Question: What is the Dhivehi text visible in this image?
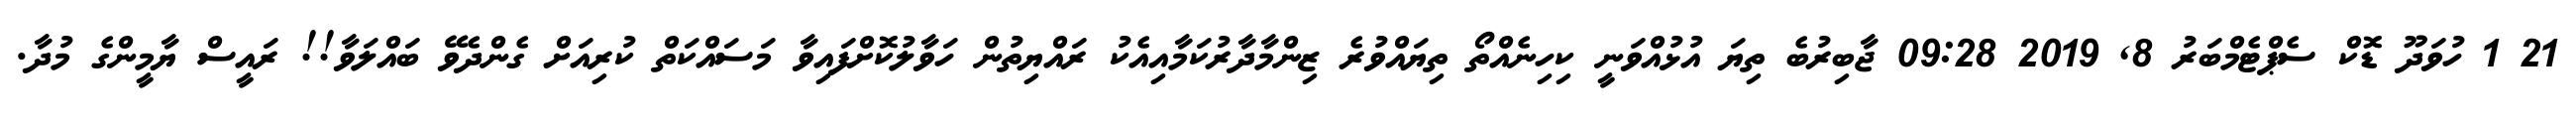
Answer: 21 1 ހުވަދޫ ޑޮކް ސެޕްޓެމްބަރު 8, 2019 09:28 ޖާބިރުބެ ތިޔަ އުޅުއްވަނީ ކިހިނެއްތޯ ތިޔައްވުރެ ޒިންމާދާރުކަމާއިއެކު ރައްޔިތުން ހަވާލުކޮށްފައިވާ މަސައްކަތް ކުރިއަށް ގެންދެވޭ ބައްލަވާ!! ރައީސް ޔާމީންގެ މުދާ.